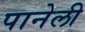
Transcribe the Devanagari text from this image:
पानेली